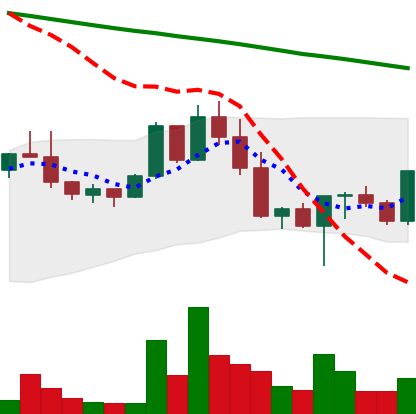
Ticker: NEO-USD
Chart end date: 2022-02-28
Forward return: -5.054%
Label: down_5_7